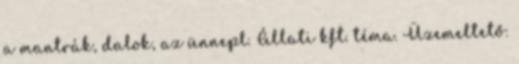
a mantrák, dalok, az ünnepl. Állati kft. téma. Üzemeltető: